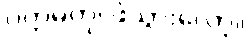
ပက္ကမတု၊ ဖဲသွားလော့။